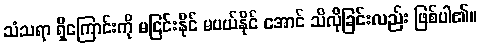
သံသရာ ရှိကြောင်းကို မငြင်းနိုင် မပယ်နိုင် အောင် သိလိုခြင်းလည်း ဖြစ်ပါ၏။